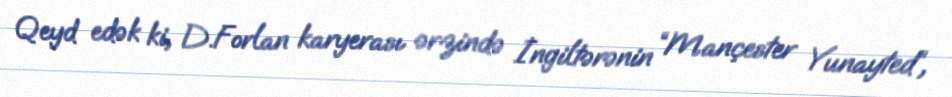
Qeyd edək ki, D.Forlan karyerası ərzində İngiltərənin “Mançester Yunayted”,